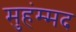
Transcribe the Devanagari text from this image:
मुहंम्मद